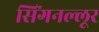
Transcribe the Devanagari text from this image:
सिंगनल्लूर